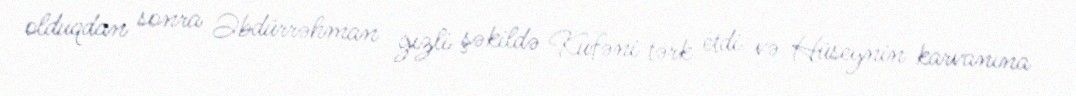
olduqdan sonra Əbdürrəhman gizli şəkildə Kufəni tərk etdi və Hüseynin karvanına